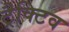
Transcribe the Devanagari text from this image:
ट्रैक्टिव